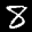
Label: 8